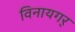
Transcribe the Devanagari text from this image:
विनायगर्